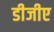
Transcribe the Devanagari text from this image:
डीजीए